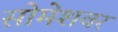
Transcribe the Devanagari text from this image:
सोमेशवर